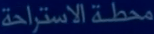
محطة الاستراحة